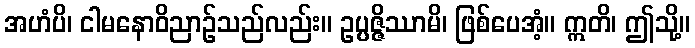
အဟံပိ၊ ငါမနောဝိညာဉ်သည်လည်း။ ဥပ္ပဇ္ဇိဿာမိ၊ ဖြစ်ပေအံ့။ ဣတိ၊ ဤသို့။